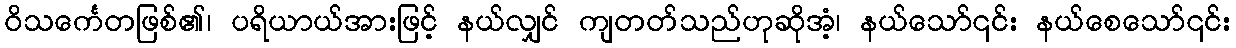
ဝိသင်္ကေတဖြစ်၏၊ ပရိယာယ်အားဖြင့် နယ်လျှင် ကျတတ်သည်ဟုဆိုအံ့၊ နယ်သော်၎င်း နယ်စေသော်၎င်း